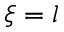
\xi = l